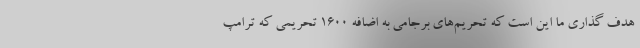
هدف گذاری ما این است که تحریم‌های برجامی به اضافه ۱۶۰۰ تحریمی که ترامپ